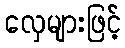
လှေများဖြင့်